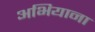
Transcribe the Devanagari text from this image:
अभियाना